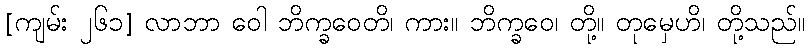
[ကျမ်း ၂၆၁] လာဘာ ဝေါ ဘိက္ခဝေတိ၊ ကား။ ဘိက္ခဝေ၊ တို့။ တုမှေဟိ၊ တို့သည်။